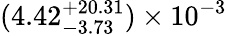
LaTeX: (4.42_{-3.73}^{+20.31})\times 10^{-3}